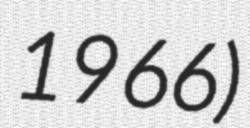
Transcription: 1966)